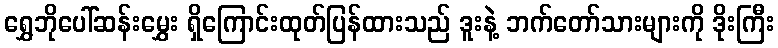
ရွှေဘိုပေါ်ဆန်းမွှေး ရှိကြောင်းထုတ်ပြန်ထားသည် ဒူးနဲ့ ဘက်တော်သားများကို ဒိုးကြီး